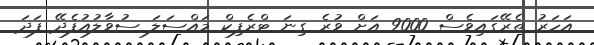
އަހަރު ތެރޭގައިވެސް 9000 އަށް ވުރެ ގިނަ ޓްރެފިކް މައްސަލަ ސުވާލުއުފެދޭ ފަދަ